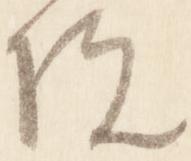
院